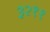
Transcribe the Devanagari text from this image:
३२११